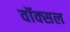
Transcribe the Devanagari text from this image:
वॉक्‍सल